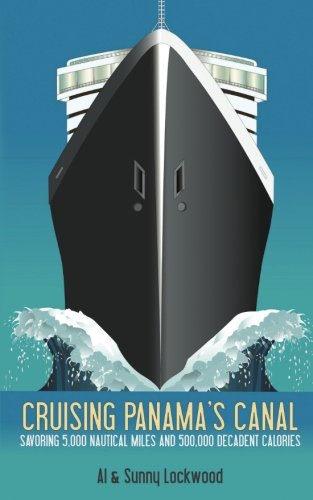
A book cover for Cruising Panama's Canal; Al Lockwood; Travel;